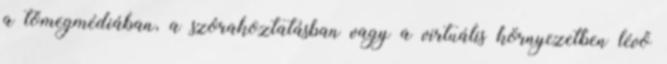
a tömegmédiában, a szórakoztatásban vagy a virtuális környezetben lévő